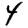
Digit: 4